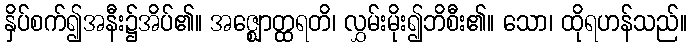
နှိပ်စက်၍အနီး၌အိပ်၏။ အဇ္ဈောတ္ထရတိ၊ လွှမ်းမိုး၍ဘိစီး၏။ သော၊ ထိုရဟန်သည်။